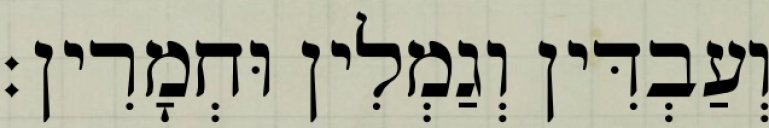
וְעַבְדִּין וְגַמְלִין וּחְמָרִין׃